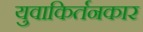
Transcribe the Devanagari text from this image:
युवाकिर्तनकार